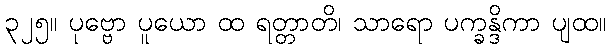
၃၂၅။ ပုဗ္ဗော ပူယော ထ ရတ္တာတိ၊ သာရော ပက္ခန္ဒိကာ ပျထ။